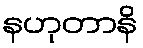
နဟုတာနိ